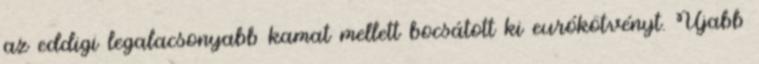
az eddigi legalacsonyabb kamat mellett bocsátott ki eurókötvényt. Újabb